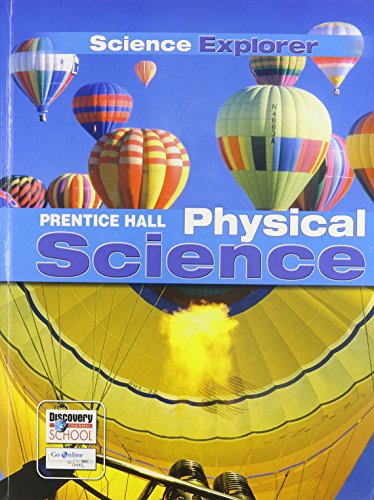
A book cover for SCIENCE EXPLORER C2009 LEP STUDENT EDITION PHYSICAL SCIENCE (Prentice Hall Science Explorer); PRENTICE HALL; Teen & Young Adult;